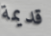
قديمة